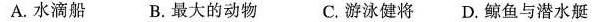
A.水滴船 B.最大的动物 C.游泳健将 D.鲸鱼与潜水艇